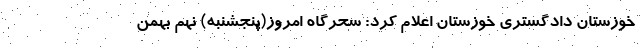
خوزستان دادگستری خوزستان اعلام کرد: سحرگاه امروز(پنجشنبه) نهم بهمن